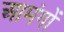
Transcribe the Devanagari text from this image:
आमंगों